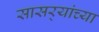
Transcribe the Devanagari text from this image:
सासर्‍यांच्या